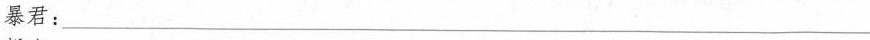
暴君：___